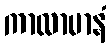
ကာလာမာနံ